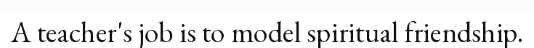
A teacher's job is to model spiritual friendship.